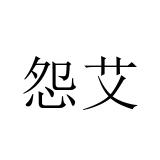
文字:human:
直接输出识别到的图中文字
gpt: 怨艾